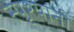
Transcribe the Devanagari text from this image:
स्पृश्यांनी